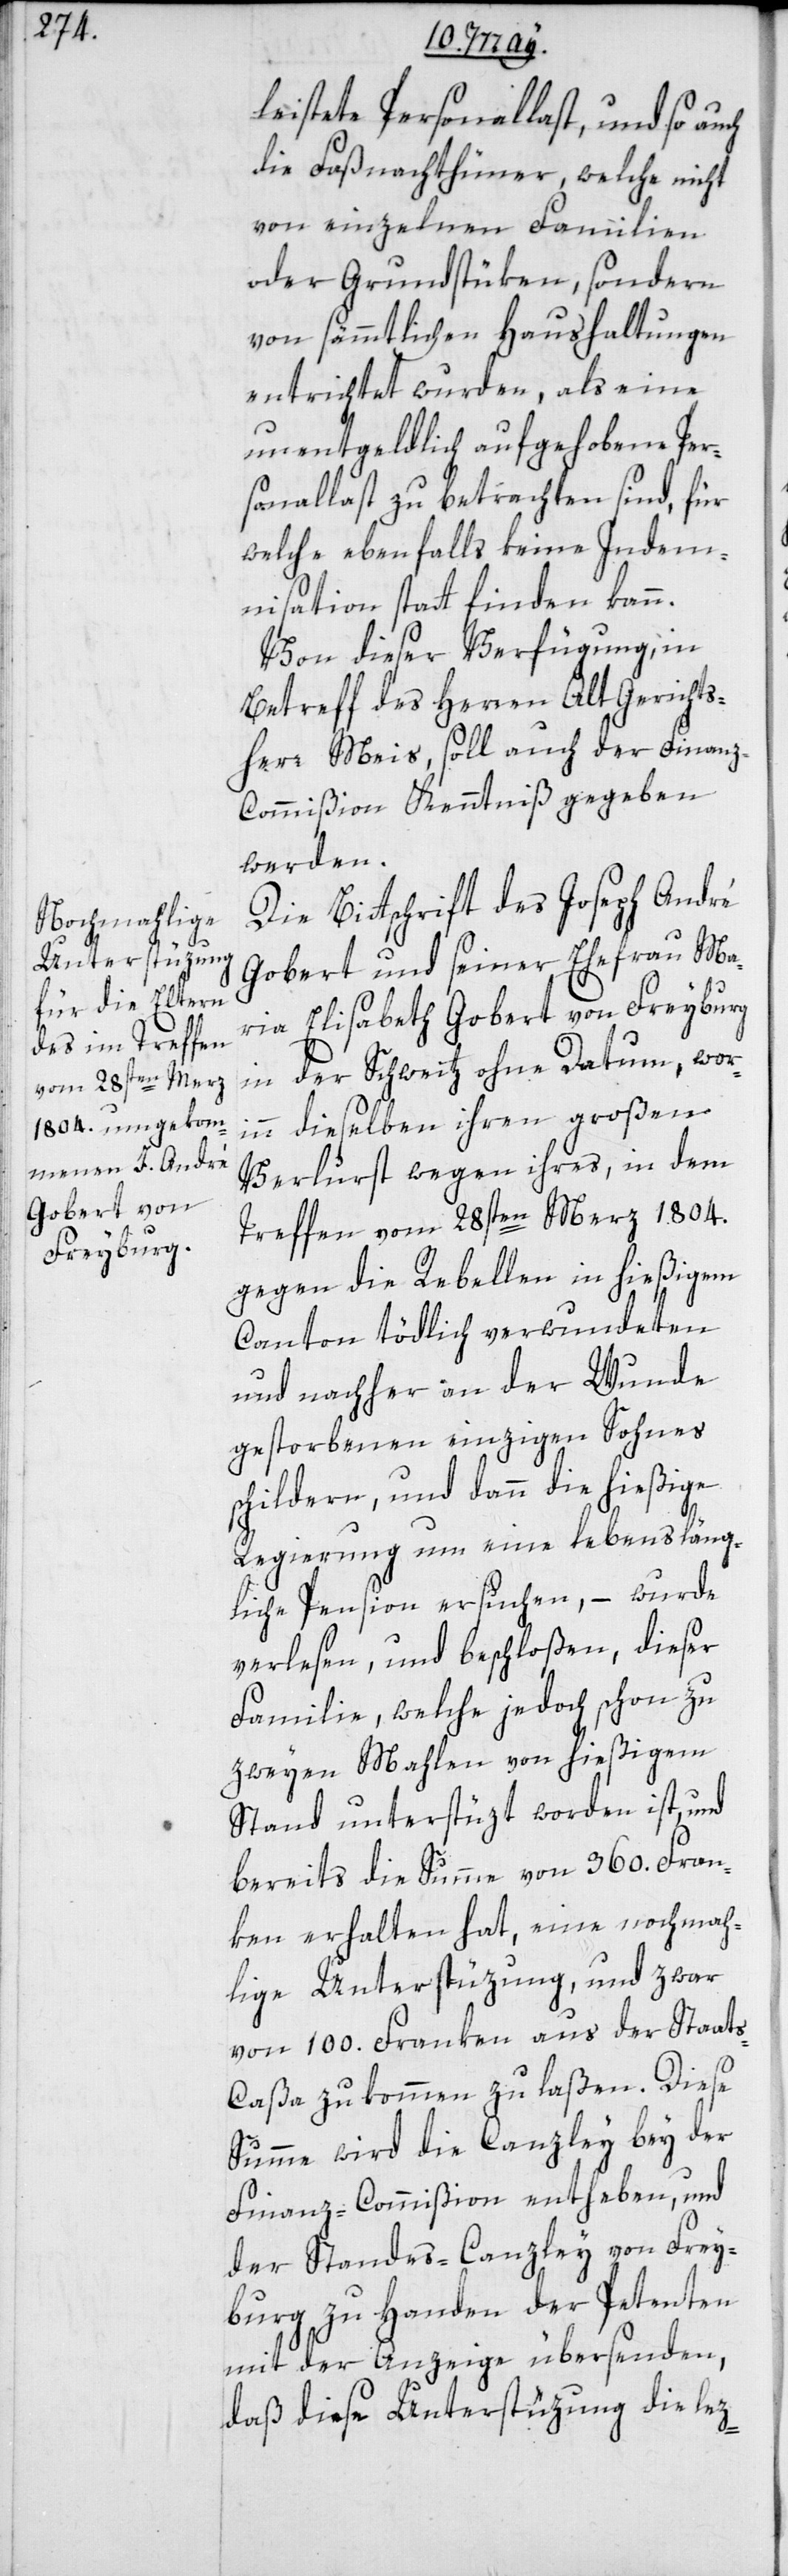
leistete Personallast, und so auch
die Faßnachthüner, welche nicht
von einzelnen Familien
oder Grundstüken, sondern
von sämmtlichen Haushaltungen
entrichtet wurden, als eine
unentgeldlich aufgehobene Per¬
sonallast zu betrachten sind, für
welche ebenfalls keine Indem¬
nisation stattfinden kann.
Von dieser Verfügung, in
Betreff des Herren Alt Gerichts¬
herr Meis, soll auch der Finan¬
z-Commißion Kenntniß gegeben
werden.
Die Bittschrift des Joseph André
Gobert und seiner Ehefrau Ma¬
ria Elisabeth Gobert von Freyburg
in der Schweitz ohne Datum, wor¬
inn dieselben ihren großen
Verlurst wegen ihres, in dem
Treffen vom 28sten Merz 1804.
gegen die Rebellen im hießigen
Canton tödlich verwundeten
und nachher an der Wunde
gestorbenen einzigen Sohnes
schildern, und dann die hießige
Regierung um eine lebensläng¬
liche Pension ersuchen, – wurde
verlesen und beschloßen, dieser
Familie, welche jedoch schon zu
zweyen Mahlen von hießigem
Stand unterstüzt worden ist, und
bereits die Summe von 360. Fran¬
ken erhalten hat, eine nochmah¬
lige Unterstüzung und zwar
von 100. Franken aus der Staat¬
s-Caßa zukommen zu laßen. Diese
Summe wird die Canzley bey der
Finanz-Commißion entheben, und
der Standes-Canzley von Frey¬
burg zu Handen der Petenten
mit der Anzeige übersenden,
daß diese Unterstüzung die lez-